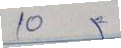
10 =